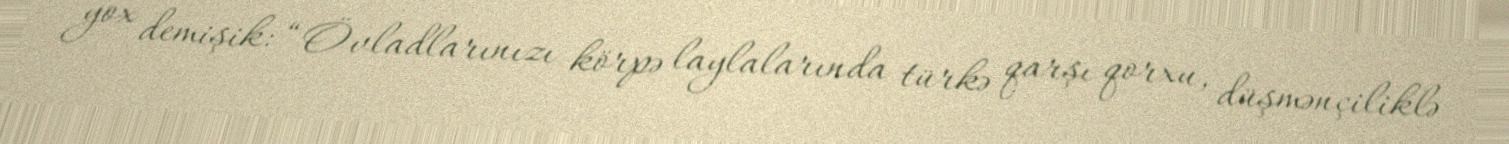
yox demişik: “Övladlarınızı körpə laylalarında türkə qarşı qorxu, düşmənçiliklə